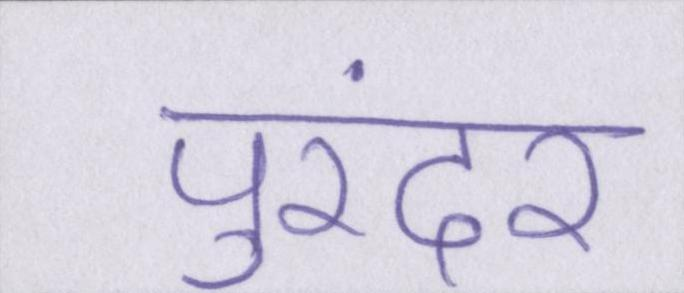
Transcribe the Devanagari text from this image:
पुरंदर